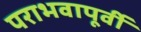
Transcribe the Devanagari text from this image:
पराभवापूर्वी